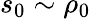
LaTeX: s_{0}\sim\rho_{0}